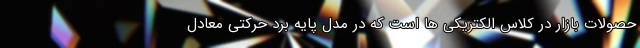
حصولات بازار در کلاس الکتریکی ها است که در مدل پایه برد حرکتی معادل